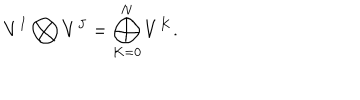
V ^ { I } \bigotimes V ^ { J } = \bigoplus _ { K = 0 } ^ { N } V ^ { K } .